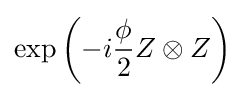
{\displaystyle \exp \left(-i{\frac {\phi }{2}}Z\otimes Z\right)}